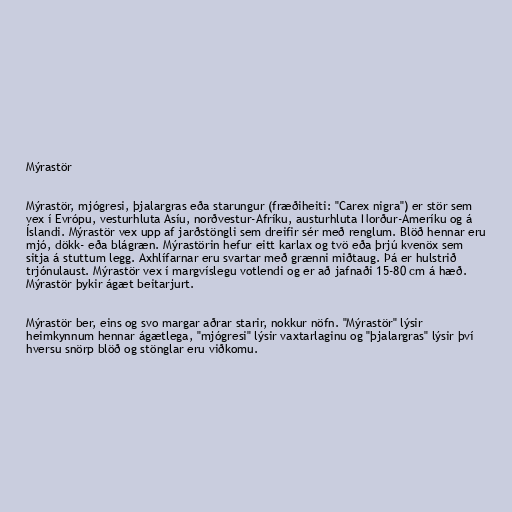
Mýrastör

Mýrastör, mjógresi, þjalargras eða starungur (fræðiheiti: "Carex nigra") er stör sem
vex í Evrópu, vesturhluta Asíu, norðvestur-Afríku, austurhluta Norður-Ameríku og á
Íslandi. Mýrastör vex upp af jarðstöngli sem dreifir sér með renglum. Blöð hennar eru
mjó, dökk- eða blágræn. Mýrastörin hefur eitt karlax og tvö eða þrjú kvenöx sem
sitja á stuttum legg. Axhlífarnar eru svartar með grænni miðtaug. Þá er hulstrið
trjónulaust. Mýrastör vex í margvíslegu votlendi og er að jafnaði 15-80 cm á hæð.
Mýrastör þykir ágæt beitarjurt.

Mýrastör ber, eins og svo margar aðrar starir, nokkur nöfn. "Mýrastör" lýsir
heimkynnum hennar ágætlega, "mjógresi" lýsir vaxtarlaginu og "þjalargras" lýsir því
hversu snörp blöð og stönglar eru viðkomu.